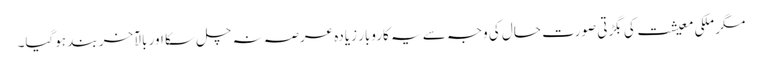
مگر ملکی معیشت کی بگڑتی صورتِ حال کی وجہ سے یہ کاروبار زیادہ عرصہ نہ چل سکا اور بالآخر بند ہوگیا۔